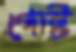
গোষ্ট